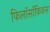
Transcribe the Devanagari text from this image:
फिलॉसॉफिकस